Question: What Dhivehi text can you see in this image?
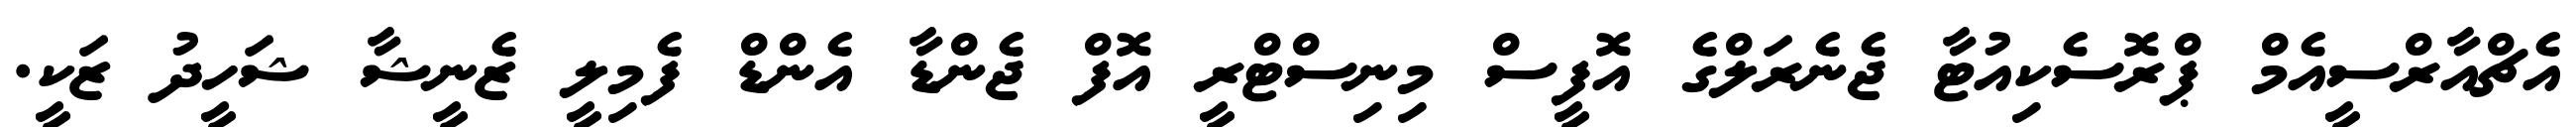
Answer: އެޗްއާރްސީއެމް ޕްރޮސެކިއުޓާ ޖެނެރަލްގެ އޮފީސް މިނިސްޓްރީ އޮފް ޖެންޑާ އެންޑް ފެމިލީ ޒެނީޝާ ޝަހީދު ޒަކީ.